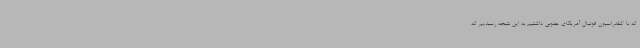
که با کنفدراسیون فوتبال آمریکای جنوبی داشتیم به این نتیجه رسیدیم که